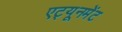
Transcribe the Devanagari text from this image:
एट्यूनमेंट